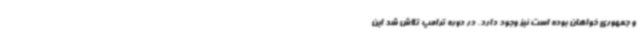
و جمهوری خواهان بوده است نیز وجود دارد. در دوره ترامپ تلاش شد این